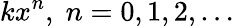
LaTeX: kx^{n},\; n=0,1,2,\ldots